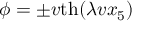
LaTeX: \phi = \pm v \mathrm { t h } ( \lambda v x _ { 5 } )